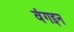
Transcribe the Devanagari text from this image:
वंगइन